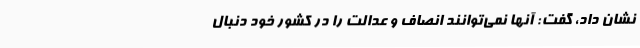
نشان داد، گفت: آنها نمی‌توانند انصاف و عدالت را در کشور خود دنبال